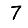
Digit: 7